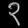
Digit: ၃